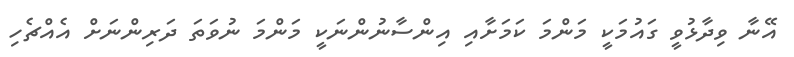
އޭނާ ވިދާޅުވީ ގައުމަކީ މަންމަ ކަމަށާއި އިންސާނުންނަކީ މަންމަ ނުވަތަ ދަރިންނަށް އެއްޗެހި